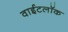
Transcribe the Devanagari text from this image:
वाईटलॉक